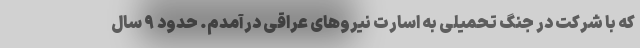
که با شرکت در جنگ تحمیلی به اسارت نیرو‌های عراقی درآمدم. حدود ۹ سال